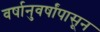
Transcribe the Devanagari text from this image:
वर्षानुवर्षांपासून